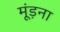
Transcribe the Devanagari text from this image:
मूंड़ना